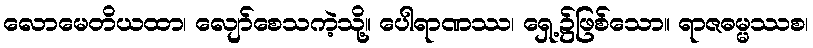
လောမေတိယထာ၊ လျော်စေသကဲ့သို့။ ပေါရာဏဿ၊ ရှေ့၌ဖြစ်သော။ ရာဇဓမ္မဿစ၊